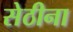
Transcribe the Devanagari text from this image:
सेठीना